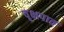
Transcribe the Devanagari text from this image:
वृक्षपात